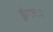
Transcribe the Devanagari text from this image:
ईबारा